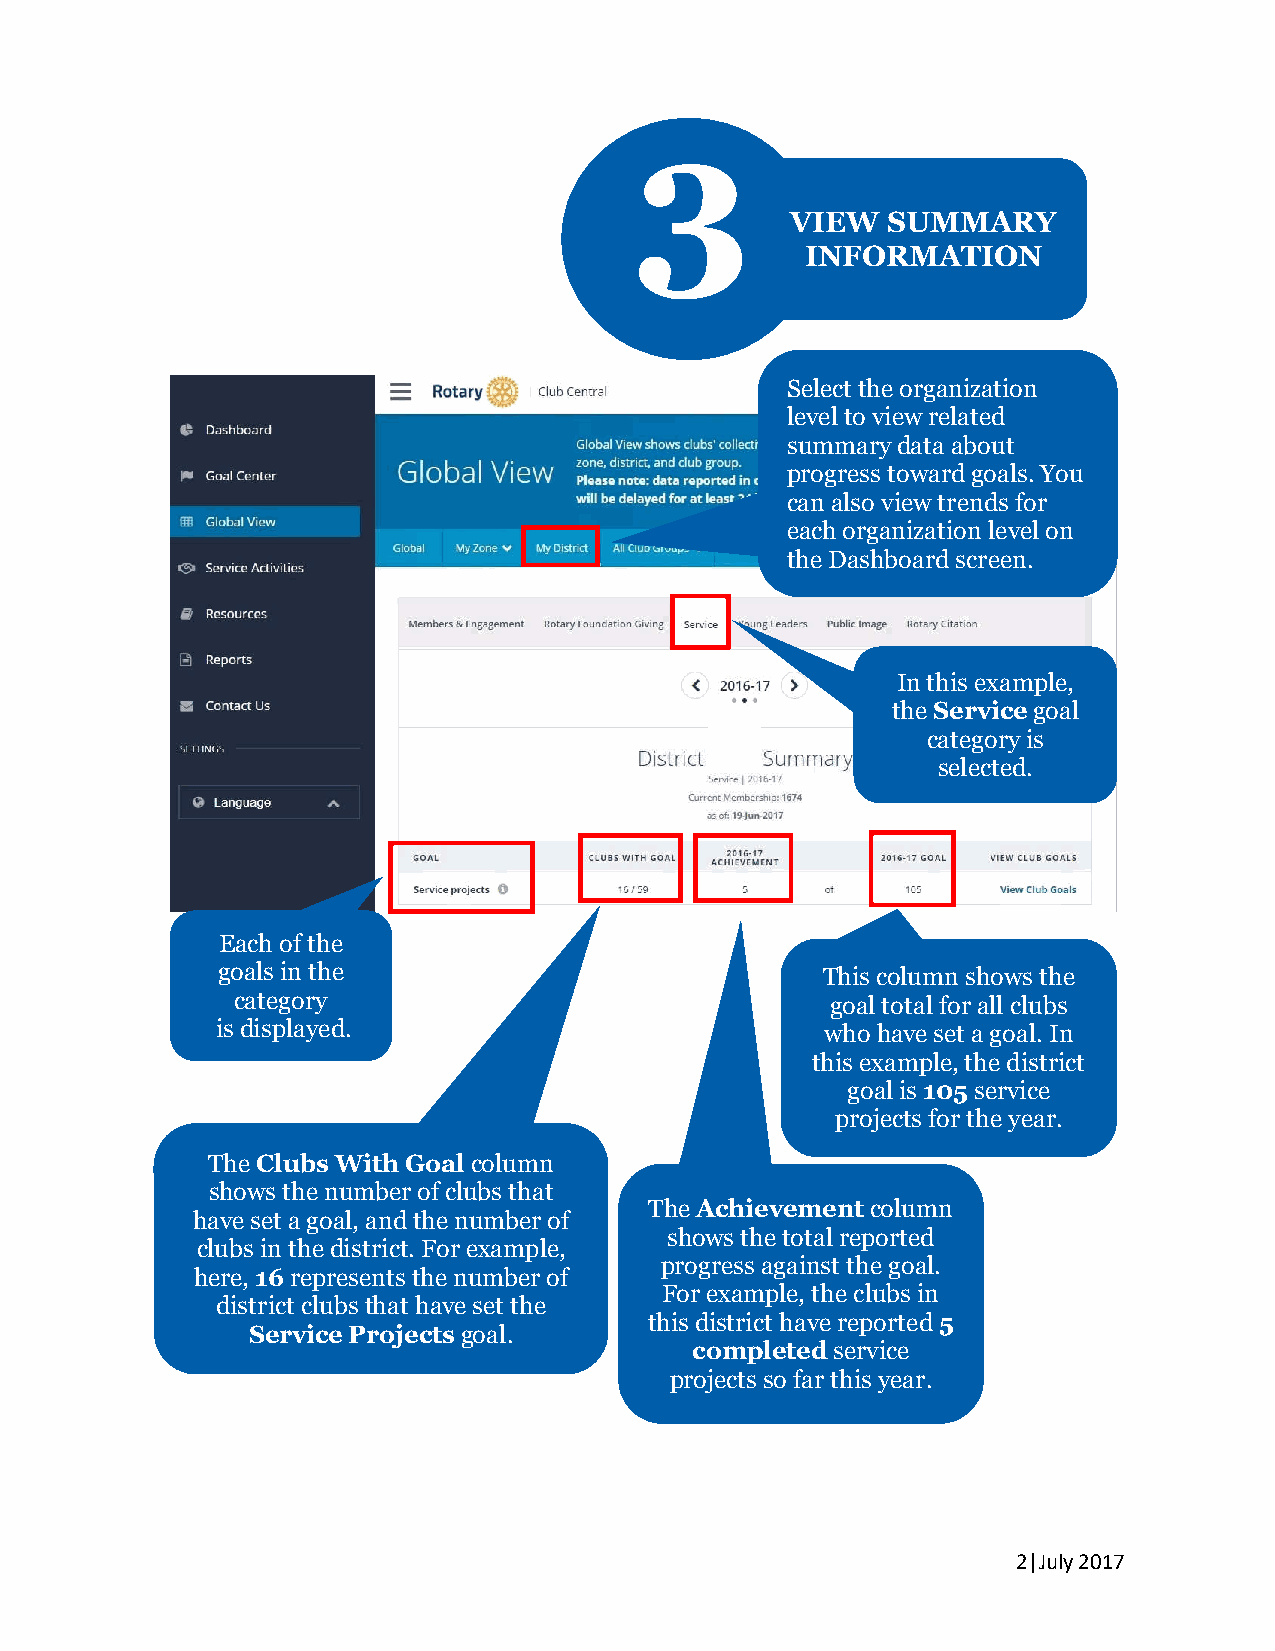
3
 VIEW   SUMMARY
 INFORMATION
 Select the organization
 level to view related
 summary data about
 progress toward goals. You
 can also view trends for
 each organization level on
 the Dashboard screen.
 In this example,
 the Service goal
 category is
 selected.
 Each of the
 goals in the                            This column shows the
 category                                goal total for all clubs
 is displayed.                            who have set a goal. In
 this example, the district
 goal is 105 service
 projects for the year.
 The Clubs With Goal column
 shows the number of clubs that
 The Achievement column
 have set a goal, and the number of
 shows the total reported
 clubs in the district. For example,
 progress against the goal.
 here, 16 represents the number of
 For example, the clubs in
 district clubs that have set the
 this district have reported 5
 Service Projects goal.
 completed service
 projects so far this year.
 2|July 2017